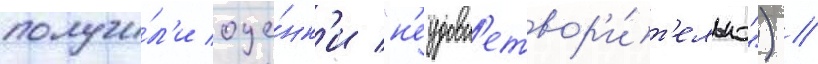
получи́л'и оце́нк'и "н'еудовл'етвор'и́т'ельно") //